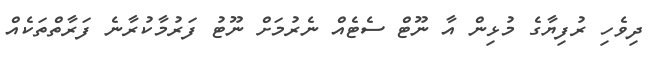
ދިވެހި ރުފިޔާގެ މުޅިން އާ ނޫޓް ސެޓެއް ނެރުމަށް ނޫޓު ފަރުމާކުރާނެ ފަރާތްތަކެއް